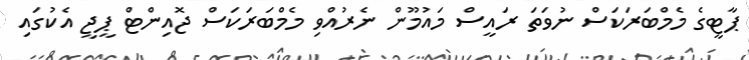
ޕާޓީގެ މެމްބަރަކަސް ނުވަތަ ރައީސް މައުމޫން ނެރުއްވި މެމްބަރަކަސް ޖޮއިންޓް ޕީޖީ އެކުގައި